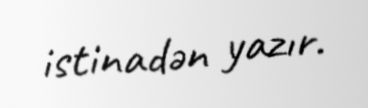
istinadən yazır.